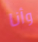
وأنا